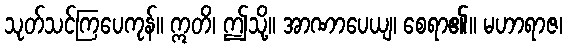
သုတ်သင်ကြပေကုန်။ ဣတိ၊ ဤသို့။ အာဏာပေယျ၊ စေရာ၏။ မဟာရာဇ၊